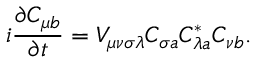
i \frac { \partial C _ { \mu b } } { \partial t } = V _ { \mu \nu \sigma \lambda } C _ { \sigma a } C _ { \lambda a } ^ { * } C _ { \nu b } .